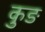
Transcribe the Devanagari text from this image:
कुङ